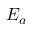
E _ { a }